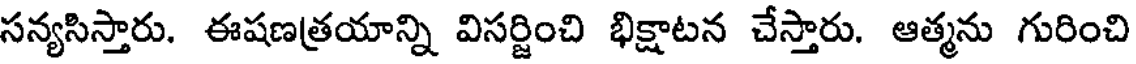
సన్యసిస్తారు. ఈషణత్రయాన్ని విసర్జించి భిక్షాటన చేస్తారు. ఆత్మను గురించి